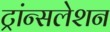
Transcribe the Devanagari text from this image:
ट्रांन्सलेशन